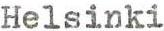
Helsinki